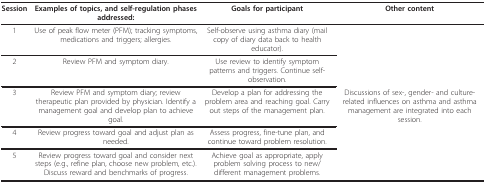
<table><thead><tr><td><b>Session</b></td><td><b>Examples of topics, and self-regulation phases addressed:</b></td><td><b>Goals for participant</b></td><td><b>Other content</b></td></tr></thead><tbody><tr><td>1</td><td>Use of peak flow meter (PFM); tracking symptoms, medications and triggers; allergies.</td><td>Self-observe using asthma diary (mail copy of diary data back to health educator).</td><td></td></tr><tr><td>2</td><td>Review PFM and symptom diary.</td><td>Use review to identify symptom patterns and triggers. Continue self-observation.</td><td></td></tr><tr><td>3</td><td>Review PFM and symptom diary; review therapeutic plan provided by physician. Identify a management goal and develop plan to achieve goal.</td><td>Develop a plan for addressing the problem area and reaching goal. Carry out steps of the management plan.</td><td>Discussions of sex-, gender- and culture-related influences on asthma and asthma management are integrated into each session.</td></tr><tr><td>4</td><td>Review progress toward goal and adjust plan as needed.</td><td>Assess progress, fine-tune plan, and continue toward problem resolution.</td><td></td></tr><tr><td>5</td><td>Review progress toward goal and consider next steps (e.g., refine plan, choose new problem, etc.). Discuss reward and benchmarks of progress.</td><td>Achieve goal as appropriate, apply problem solving process to new/different management problems.</td><td></td></tr></tbody></table>